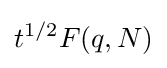
t^{1/2}F(q,N)